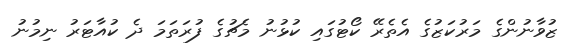
ޒުވާނުންގެ މަރުކަޒުގެ އެތެރޭ ކޯޓުގައި ކުޅުނު މެޗުގެ ފުރަތަމަ ދެ ކުއާޓަރު ނިމުނު